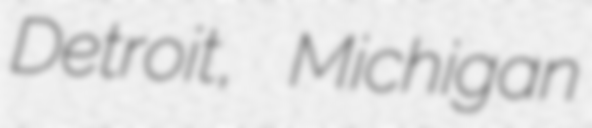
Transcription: Detroit, Michigan